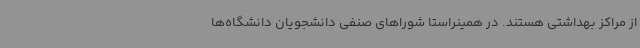
از مراکز بهداشتی هستند. در همینراستا شوراهای صنفی دانشجویان دانشگاه‌ها